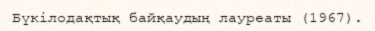
Бүкілодақтық байқаудың лауреаты (1967).